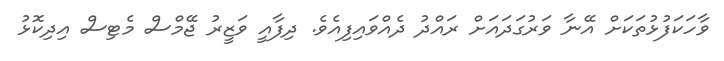
ވާހަކަފުޅުތަކަށް އޭނާ ވަރުގަދައަށް ރައްދު ދެއްވައިފިއެވެ. ދިފާއީ ވަޒީރު ޖޭމްސް މެޓިސް އިދިކޮޅު